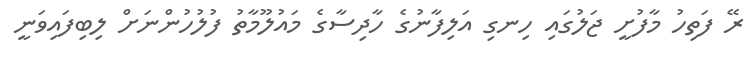
ރޭ ފަތިހު މާފުށީ ޖަލުގައި ހިނގި އަލިފާނުގެ ހާދިސާގެ މައުލޫމާތު ފުލުހުންނަށް ލިބިފައިވަނީ